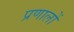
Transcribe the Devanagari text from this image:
प्रणालों